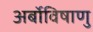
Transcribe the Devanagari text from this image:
अर्बोविषाणु